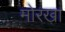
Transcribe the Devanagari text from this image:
मोरखा